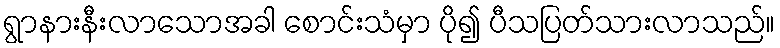
ရွာနားနီးလာသောအခါ စောင်းသံမှာ ပို၍ ပီသပြတ်သားလာသည်။